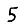
Digit: 5